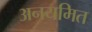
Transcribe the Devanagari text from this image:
अनयमित